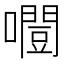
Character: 𡂛